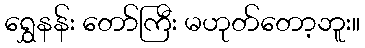
ရွှေနန်း တော်ကြီး မဟုတ်တော့ဘူး။